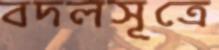
বদলসূত্রে